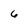
Character: 6